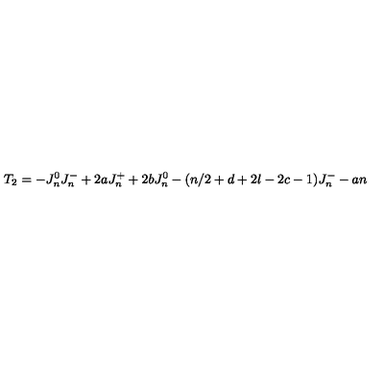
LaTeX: T _ { 2 } = - J _ { n } ^ { 0 } J _ { n } ^ { - } + 2 a J _ { n } ^ { + } + 2 b J _ { n } ^ { 0 } - ( n / 2 + d + 2 l - 2 c - 1 ) J _ { n } ^ { - } - a n